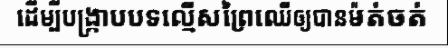
ដើម្បីបង្ក្រាបបទល្មើសព្រៃឈើឲ្យបានម៉ត់ចត់